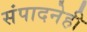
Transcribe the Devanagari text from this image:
संपादनेही